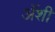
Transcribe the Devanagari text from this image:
अॅशी